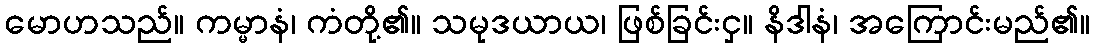
မောဟသည်။ ကမ္မာနံ၊ ကံတို့၏။ သမုဒယာယ၊ ဖြစ်ခြင်းငှ။ နိဒါနံ၊ အကြောင်းမည်၏။